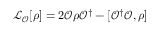
\mathcal { L } _ { \mathcal { O } } [ \rho ] = 2 \mathcal { O } \rho \mathcal { O } ^ { \dagger } - [ \mathcal { O } ^ { \dagger } \mathcal { O } , \rho ]